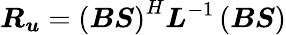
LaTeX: \boldsymbol{R_{u}}=\left(\boldsymbol{B}\boldsymbol{S}\right)^{H}\boldsymbol{L}^{-1}\left(\boldsymbol{B}\boldsymbol{S}\right)